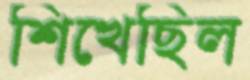
শিখেছিল